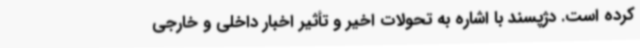
کرده است. دژپسند با اشاره به تحولات اخیر و تأثیر اخبار داخلی و خارجی